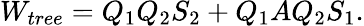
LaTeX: W_{tree}=Q_{1}Q_{2}S_{2}+Q_{1}AQ_{2}S_{1}.